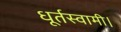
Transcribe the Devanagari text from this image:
धूर्तस्वामी।